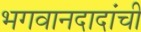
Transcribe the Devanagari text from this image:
भगवानदादांची